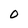
Character: 0